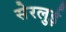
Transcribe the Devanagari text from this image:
सेरलुई